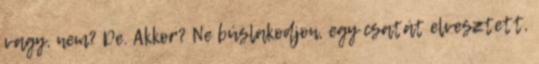
vagy, nem? De. Akkor? Ne búslakodjon, egy csatát elvesztett,